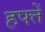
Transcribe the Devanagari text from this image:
हफ्तें